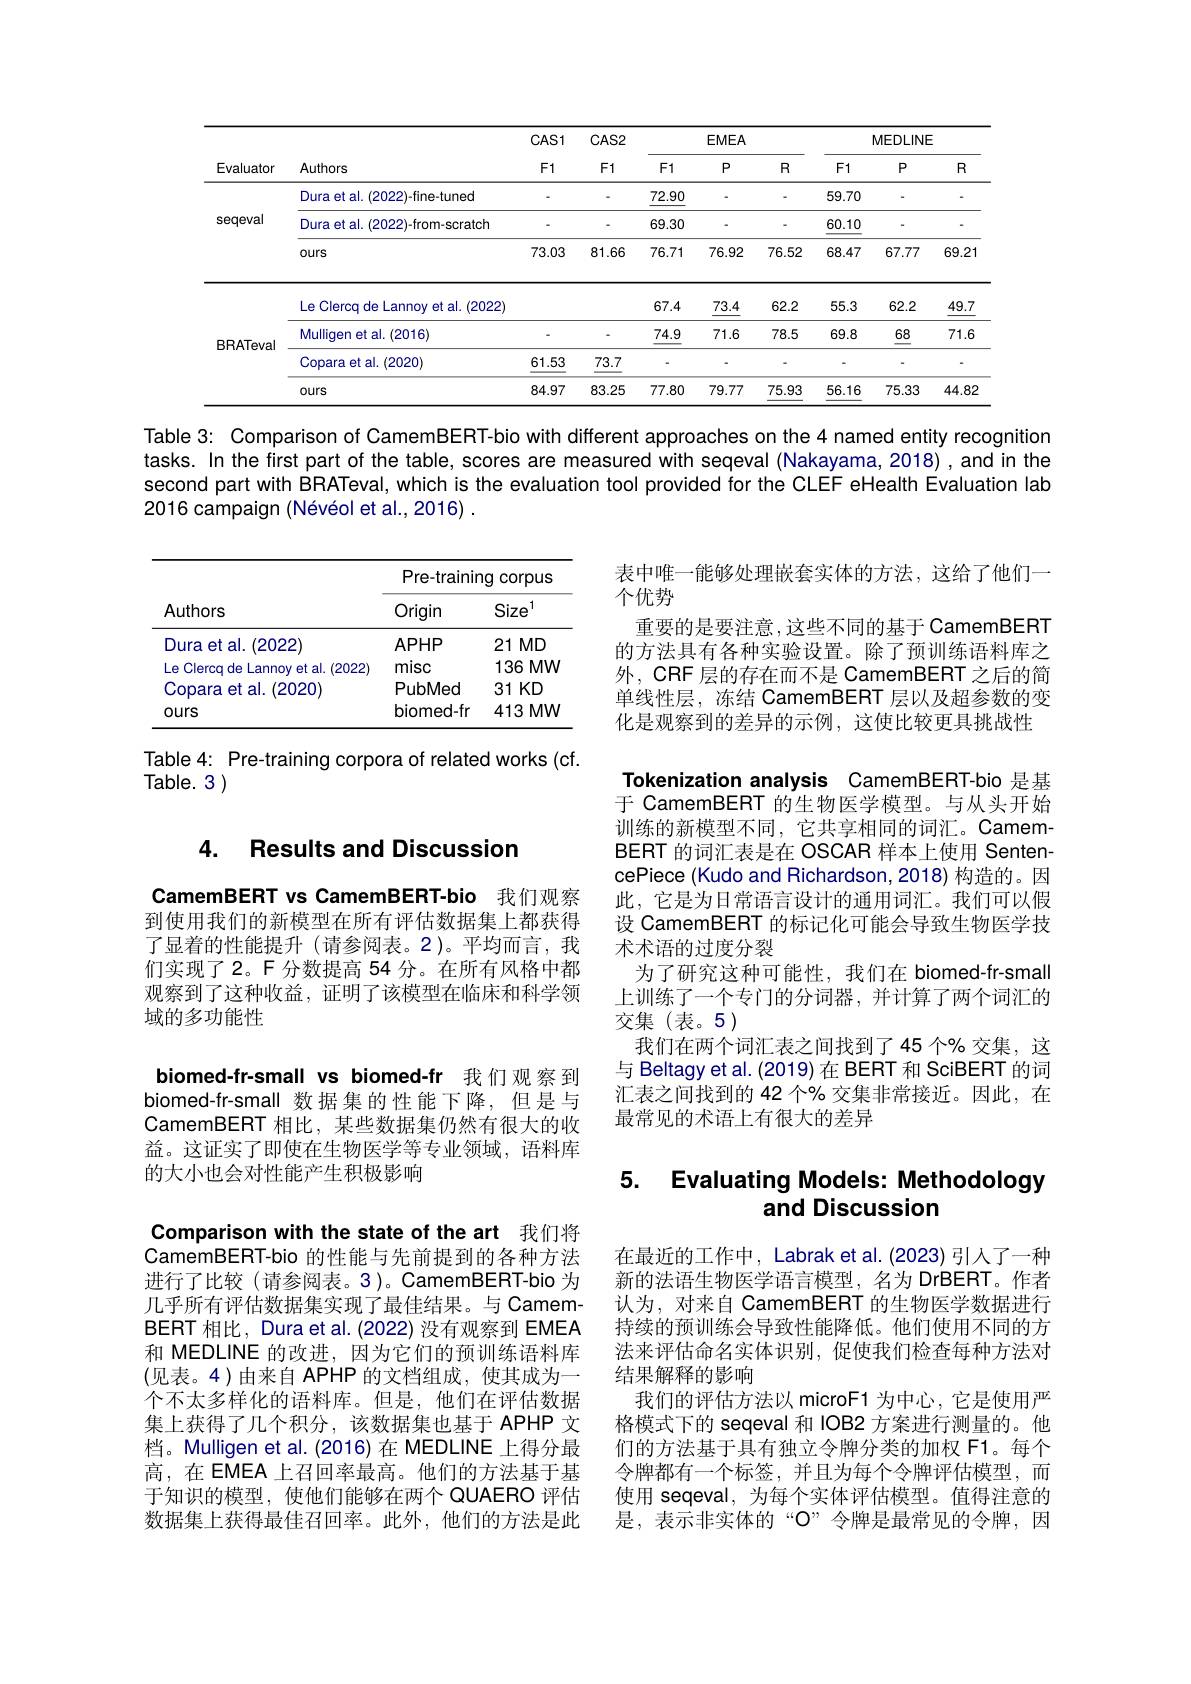
<table>
	<tbody>
		<tr>
			<th rowspan="2">Evaluator</th>
			<th rowspan="2">Authors</th>
			<th rowspan="2">$CAS1$ $F1$</th>
			<th rowspan="2">$CAS2$ $F1$</th>
			<th colspan="3">EMEA</th>
			<th colspan="3">MEDLINE</th>
		</tr>
		<tr>
			<th>$F1$</th>
			<th>$P$</th>
			<th>$R$</th>
			<th>$F1$</th>
			<th>$P$</th>
			<th>$R$</th>
		</tr>
		<tr>
			<td rowspan="3">seqeval</td>
			<td>Dura et al. (2022)-fine-tuned</td>
			<td> </td>
			<td> </td>
			<td>72.90</td>
			<td> </td>
			<td> </td>
			<td>59.70</td>
			<td> </td>
			<td> </td>
		</tr>
		<tr>
			<td>Dura et al. (2022)-from-scratch</td>
			<td> </td>
			<td> </td>
			<td>69.30</td>
			<td> </td>
			<td> </td>
			<td>60.10</td>
			<td> </td>
			<td>-</td>
		</tr>
		<tr>
			<td>ours</td>
			<td>73.03</td>
			<td>81.66</td>
			<td>76.71</td>
			<td>76.92</td>
			<td>76.52</td>
			<td>68.47</td>
			<td>67.77</td>
			<td>69.21</td>
		</tr>
		<tr>
			<td rowspan="4">BRATeval</td>
			<td>Le Clercq de Lannoy et al. (2022)</td>
			<td> </td>
			<td> </td>
			<td>67.4</td>
			<td>73.4</td>
			<td>62.2</td>
			<td>55.3</td>
			<td>62.2</td>
			<td>49.7</td>
		</tr>
		<tr>
			<td>Mulligen et al.(2016)</td>
			<td> </td>
			<td> </td>
			<td>74.9</td>
			<td>71.6</td>
			<td>78.5</td>
			<td>69.8</td>
			<td>68</td>
			<td>71.6</td>
		</tr>
		<tr>
			<td>Copara et al. (2020)</td>
			<td>61.53</td>
			<td>73.7</td>
			<td> </td>
			<td> </td>
			<td> </td>
			<td> </td>
			<td> </td>
			<td>-</td>
		</tr>
		<tr>
			<td>ours</td>
			<td>84.97</td>
			<td>83.25</td>
			<td>77.80</td>
			<td>79.77</td>
			<td>75.93</td>
			<td>56.16</td>
			<td>75.33</td>
			<td>44.82</td>
		</tr>
	</tbody>
</table>

Table 3: Comparison of CamemBERT-bio with different approaches on the 4 named entity recognition tasks. In the first part of the table, scores are measured with seqeval (Nakayama,2018) , and in the second part with BRATeval, which is the evaluation tool provided for the CLEF eHealth Evaluation lab 2016 campaign (Névéol et al., 2016) .

<table>
	<tbody>
		<tr>
			<th rowspan="2">Authors</th>
			<th colspan="2">Pre-training Corpus 110 1</th>
		</tr>
		<tr>
			<th>Origin</th>
			<th>Size 1</th>
		</tr>
		<tr>
			<td>Dura et al. (2022</td>
			<td>APHP</td>
			<td>$21MD$</td>
		</tr>
		<tr>
			<td>Le Clercq de Lannoy et al. (2022)</td>
			<td>misc</td>
			<td>$136MW$</td>
		</tr>
		<tr>
			<td>Copara et al. (2020)</td>
			<td>PubMed</td>
			<td>$31KD$</td>
		</tr>
		<tr>
			<td>Ours</td>
			<td>biomed-fr</td>
			<td>$413MW$</td>
		</tr>
	</tbody>
</table>

Table 4: Pre-training corpora of related works (cf.
Table. 3 )

表中唯一能够处理嵌套实体的方法，这给了他们一
个优势
重要的是要注意，这些不同的基于 CamemBERT 的方法具有各种实验设置。除了预训练语料库之外，CRF 层的存在而不是 CamemBERT 之后的简单线性层，冻结 CamemBERT 层以及超参数的变化是观察到的差异的示例，这使比较更具挑战性
Tokenization analysis CamemBERT-bio 是基于 CamemBERT 的生物医学模型。与从头开始训练的新模型不同，它共享相同的词汇。CamemBERT 的词汇表是在 OSCAR 样本上使用 SentencePiece (Kudo and Richardson, 2018) 构造的。因此，它是为日常语言设计的通用词汇。我们可以假设 CamemBERT 的标记化可能会导致生物医学技术术语的过度分裂
为了研究这种可能性，我们在 biomed-fr-small 上训练了一个专门的分词器，并计算了两个词汇的交集(表。5)
我们在两个词汇表之间找到了45 个% 交集，这与 Beltagy et al. (2019) 在 BERT 和 SciBERT 的词汇表之间找到的 42 个% 交集非常接近。因此，在最常见的术语上有很大的差异

## 4. Results and Discussior

CamemBERT vs CamemBERT-bio 我们观察到使用我们的新模型在所有评估数据集上都获得了显着的性能提升 (请参阅表。2)。平均而言，我们实现了2。F 分数提高 54 分。在所有风格中都观察到了这种收益，证明了该模型在临床和科学领域的多功能性

biomed-fr-small vs biomed-fr 我们观察到biomed-fr-small 数据集的性能下降，但是与CamemBERT 相比，某些数据集仍然有很大的收益。这证实了即使在生物医学等专业领域，语料库的大小也会对性能产生积极影响

# 5. Evaluating Models: Methodology and Discussion

Comparison with the state of the art 我们将CamemBERT-bio 的性能与先前提到的各种方法进行了比较(请参阅表。3)。CamemBERT-bio 为几乎所有评估数据集实现了最佳结果。与 CamemBERT 相比，Dura et al.(2022) 没有观察到 EMEA 和 MEDLINE 的改进，因为它们的预训练语料库(见表。4)由来自 APHP 的文档组成，使其成为一个不太多样化的语料库。但是，他们在评估数据集上获得了几个积分，该数据集也基于 APHP 文档。Mulligen et al. (2016) 在 MEDLINE 上得分最高，在 EMEA 上召回率最高。他们的方法基于基于知识的模型，使他们能够在两个 QUAERO 评估数据集上获得最佳召回率。此外，他们的方法是此

在最近的工作中，Labrak et al. (2023) 引人了一种新的法语生物医学语言模型，名为 DrBERT。作者认为，对来自 CamemBERT 的生物医学数据进行持续的预训练会导致性能降低。他们使用不同的方法来评估命名实体识别，促使我们检查每种方法对结果解释的影响
我们的评估方法以 microF1 为中心，它是使用严格模式下的 seqeval 和 IOB2 方案进行测量的。他们的方法基于具有独立令牌分类的加权 F1。每个令牌都有一个标签，并且为每个令牌评估模型，而使用 seqeval, 为每个实体评估模型。值得注意的是，表示非实体的“$\mathcal{O}$”令牌是最常见的令牌，因